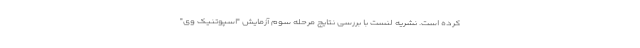
کرده است. نشریه لنست با بررسی نتایج مرحله سوم آزمایش "اسپوتنیک وی"